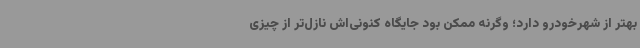
بهتر از شهرخودرو دارد؛ وگرنه ممکن بود جایگاه کنونی‌اش نازل‌تر از چیزی